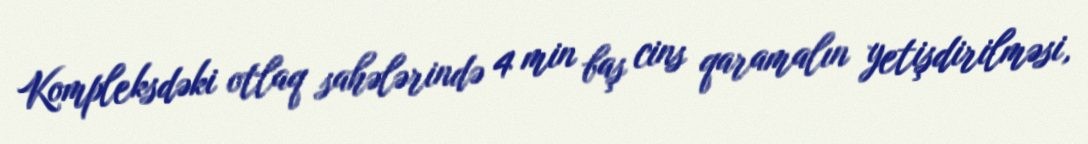
Kompleksdəki otlaq sahələrində 4 min baş cins qaramalın yetişdirilməsi,